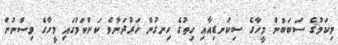
މިކަމުގެ ސަބަބުން މީހާގެ ސިކުނޑިއާއި ހިތުގެ ހިނގުން ހަރުދަނާވެ ކަންކަމުގައި މީހާގެ ވިސްނުން